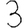
Digit: 3